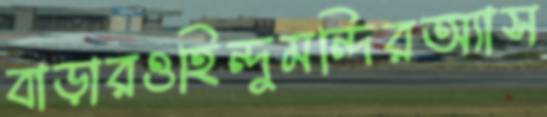
বাড়ারওহিন্দুমন্দিরঅ্যাস